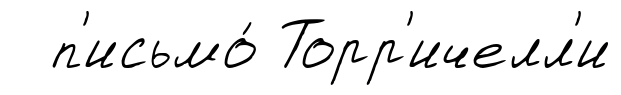
п'исьмо́ Торр'ичелл'и